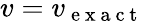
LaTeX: v=v_{\mathrm{~e~x~a~c~t~}}